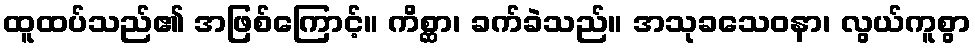
ထူထပ်သည်၏ အဖြစ်ကြောင့်။ ကိစ္ဆာ၊ ခက်ခဲသည်။ အသုခသေဝနာ၊ လွယ်ကူစွာ